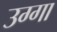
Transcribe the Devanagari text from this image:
उग्गा